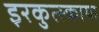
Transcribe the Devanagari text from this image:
इरकुत्स्काया